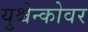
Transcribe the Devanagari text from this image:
युश्चेन्कोवर